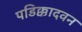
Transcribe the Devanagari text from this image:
पडिक्कादवन